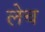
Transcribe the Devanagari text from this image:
लेच